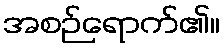
အစဉ်ရောက်၏။